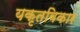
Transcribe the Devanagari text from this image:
यकृतविकार